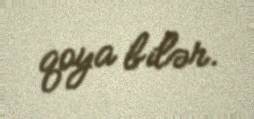
qoya bilər.